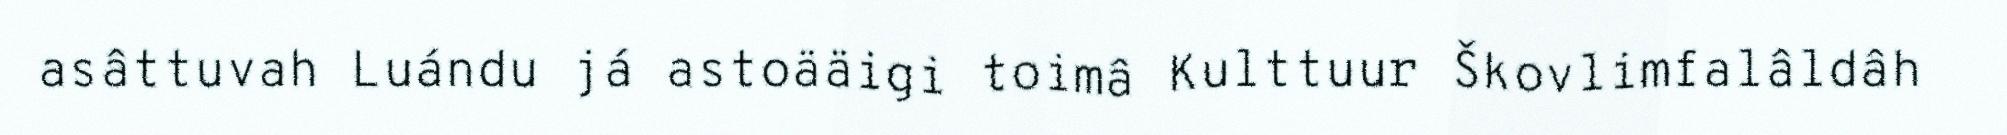
asâttuvah Luándu já astoääigi toimâ Kulttuur Škovlimfalâldâh